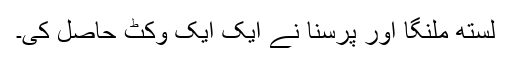
لستھ ملنگا اور پرسنا نے ایک ایک وکٹ حاصل کی۔